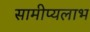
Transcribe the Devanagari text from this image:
सामीप्यलाभ